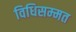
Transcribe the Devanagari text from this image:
विधिसम्‍मत